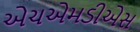
એચએમડીએસ